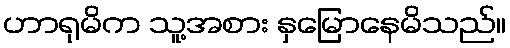
ဟာရုမိက သူ့အစား နှမြောနေမိသည်။